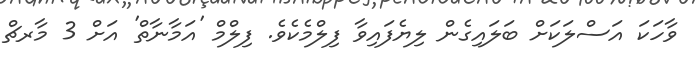
ވާހަކަ އަސްލަކަށް ބަލައިގެން ލިޔެފައިވާ ފިލްމެކެވެ. ފިލްމް 'އަމާނާތް' އަށް 3 މާރޗް